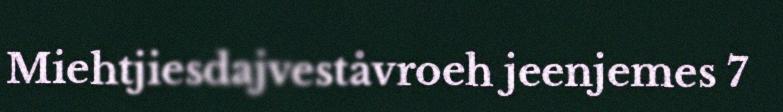
Miehtjiesdajveståvroeh jeenjemes 7